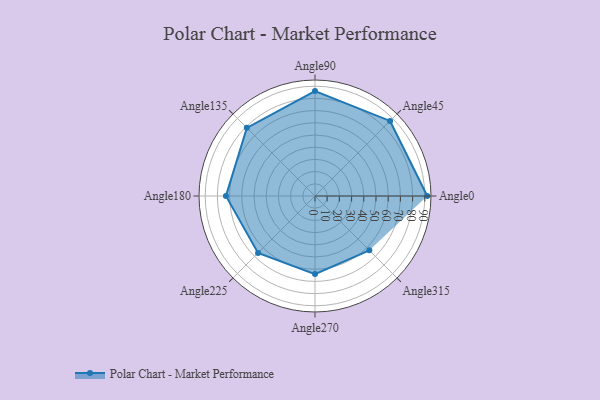
{"axis": {"x": "Angle", "y": "Radius"}, "legend": [""], "data": [{"x": "Angle0", "y": 92.0, "type": ""}, {"x": "Angle45", "y": 87.0, "type": ""}, {"x": "Angle90", "y": 86.0, "type": ""}, {"x": "Angle135", "y": 79.0, "type": ""}, {"x": "Angle180", "y": 73.0, "type": ""}, {"x": "Angle225", "y": 66.0, "type": ""}, {"x": "Angle270", "y": 64.0, "type": ""}, {"x": "Angle315", "y": 63.0, "type": ""}]}